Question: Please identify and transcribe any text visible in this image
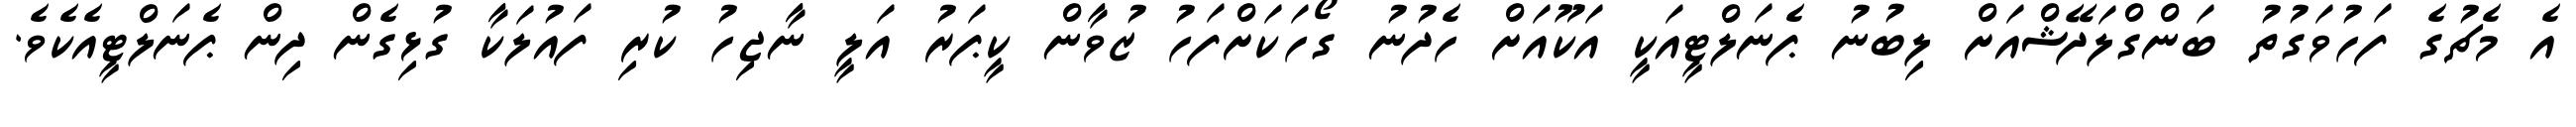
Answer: އެ މެޗުގެ ފަހުވަގުތު ބަންގްލަދޭޝްއަށް ލިބުނު ޕެނަލްޓީއަކީ އަކޫއަށް ހެދުނު ގޯހަކަށްފަހު ޒުވާން ކީޕަރު އަލީ ނާޖިހު ކުރި ފައުލަކާ ގުޅިގެން ދިން ޕެނަލްޓީއެކެވެ.